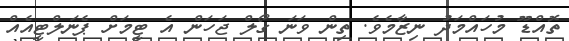
ތޮއްޑޫ މުހައްމަދު ނިޒާމެވެ. ތިން ވަނަ ގޯލް ޖަހަން އެ ޓީމަށް ޕެނަލްޓީއެއް